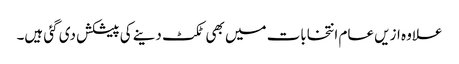
علاوہ ازیں عام انتخابات میں بھی ٹکٹ دینے کی پیشکش دی گئی ہیں۔